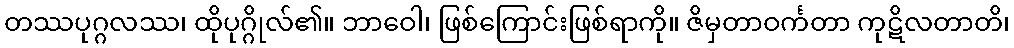
တဿပုဂ္ဂလဿ၊ ထိုပုဂ္ဂိုလ်၏။ ဘာဝေါ၊ ဖြစ်ကြောင်းဖြစ်ရာကို။ ဇိမှတာဝင်္ကတာ ကုဋိလတာတိ၊